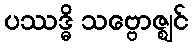
ပဿဒ္ဓိ သဗ္ဗောဇ္ဈင်